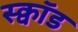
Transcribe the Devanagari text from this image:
स्क्वॉड